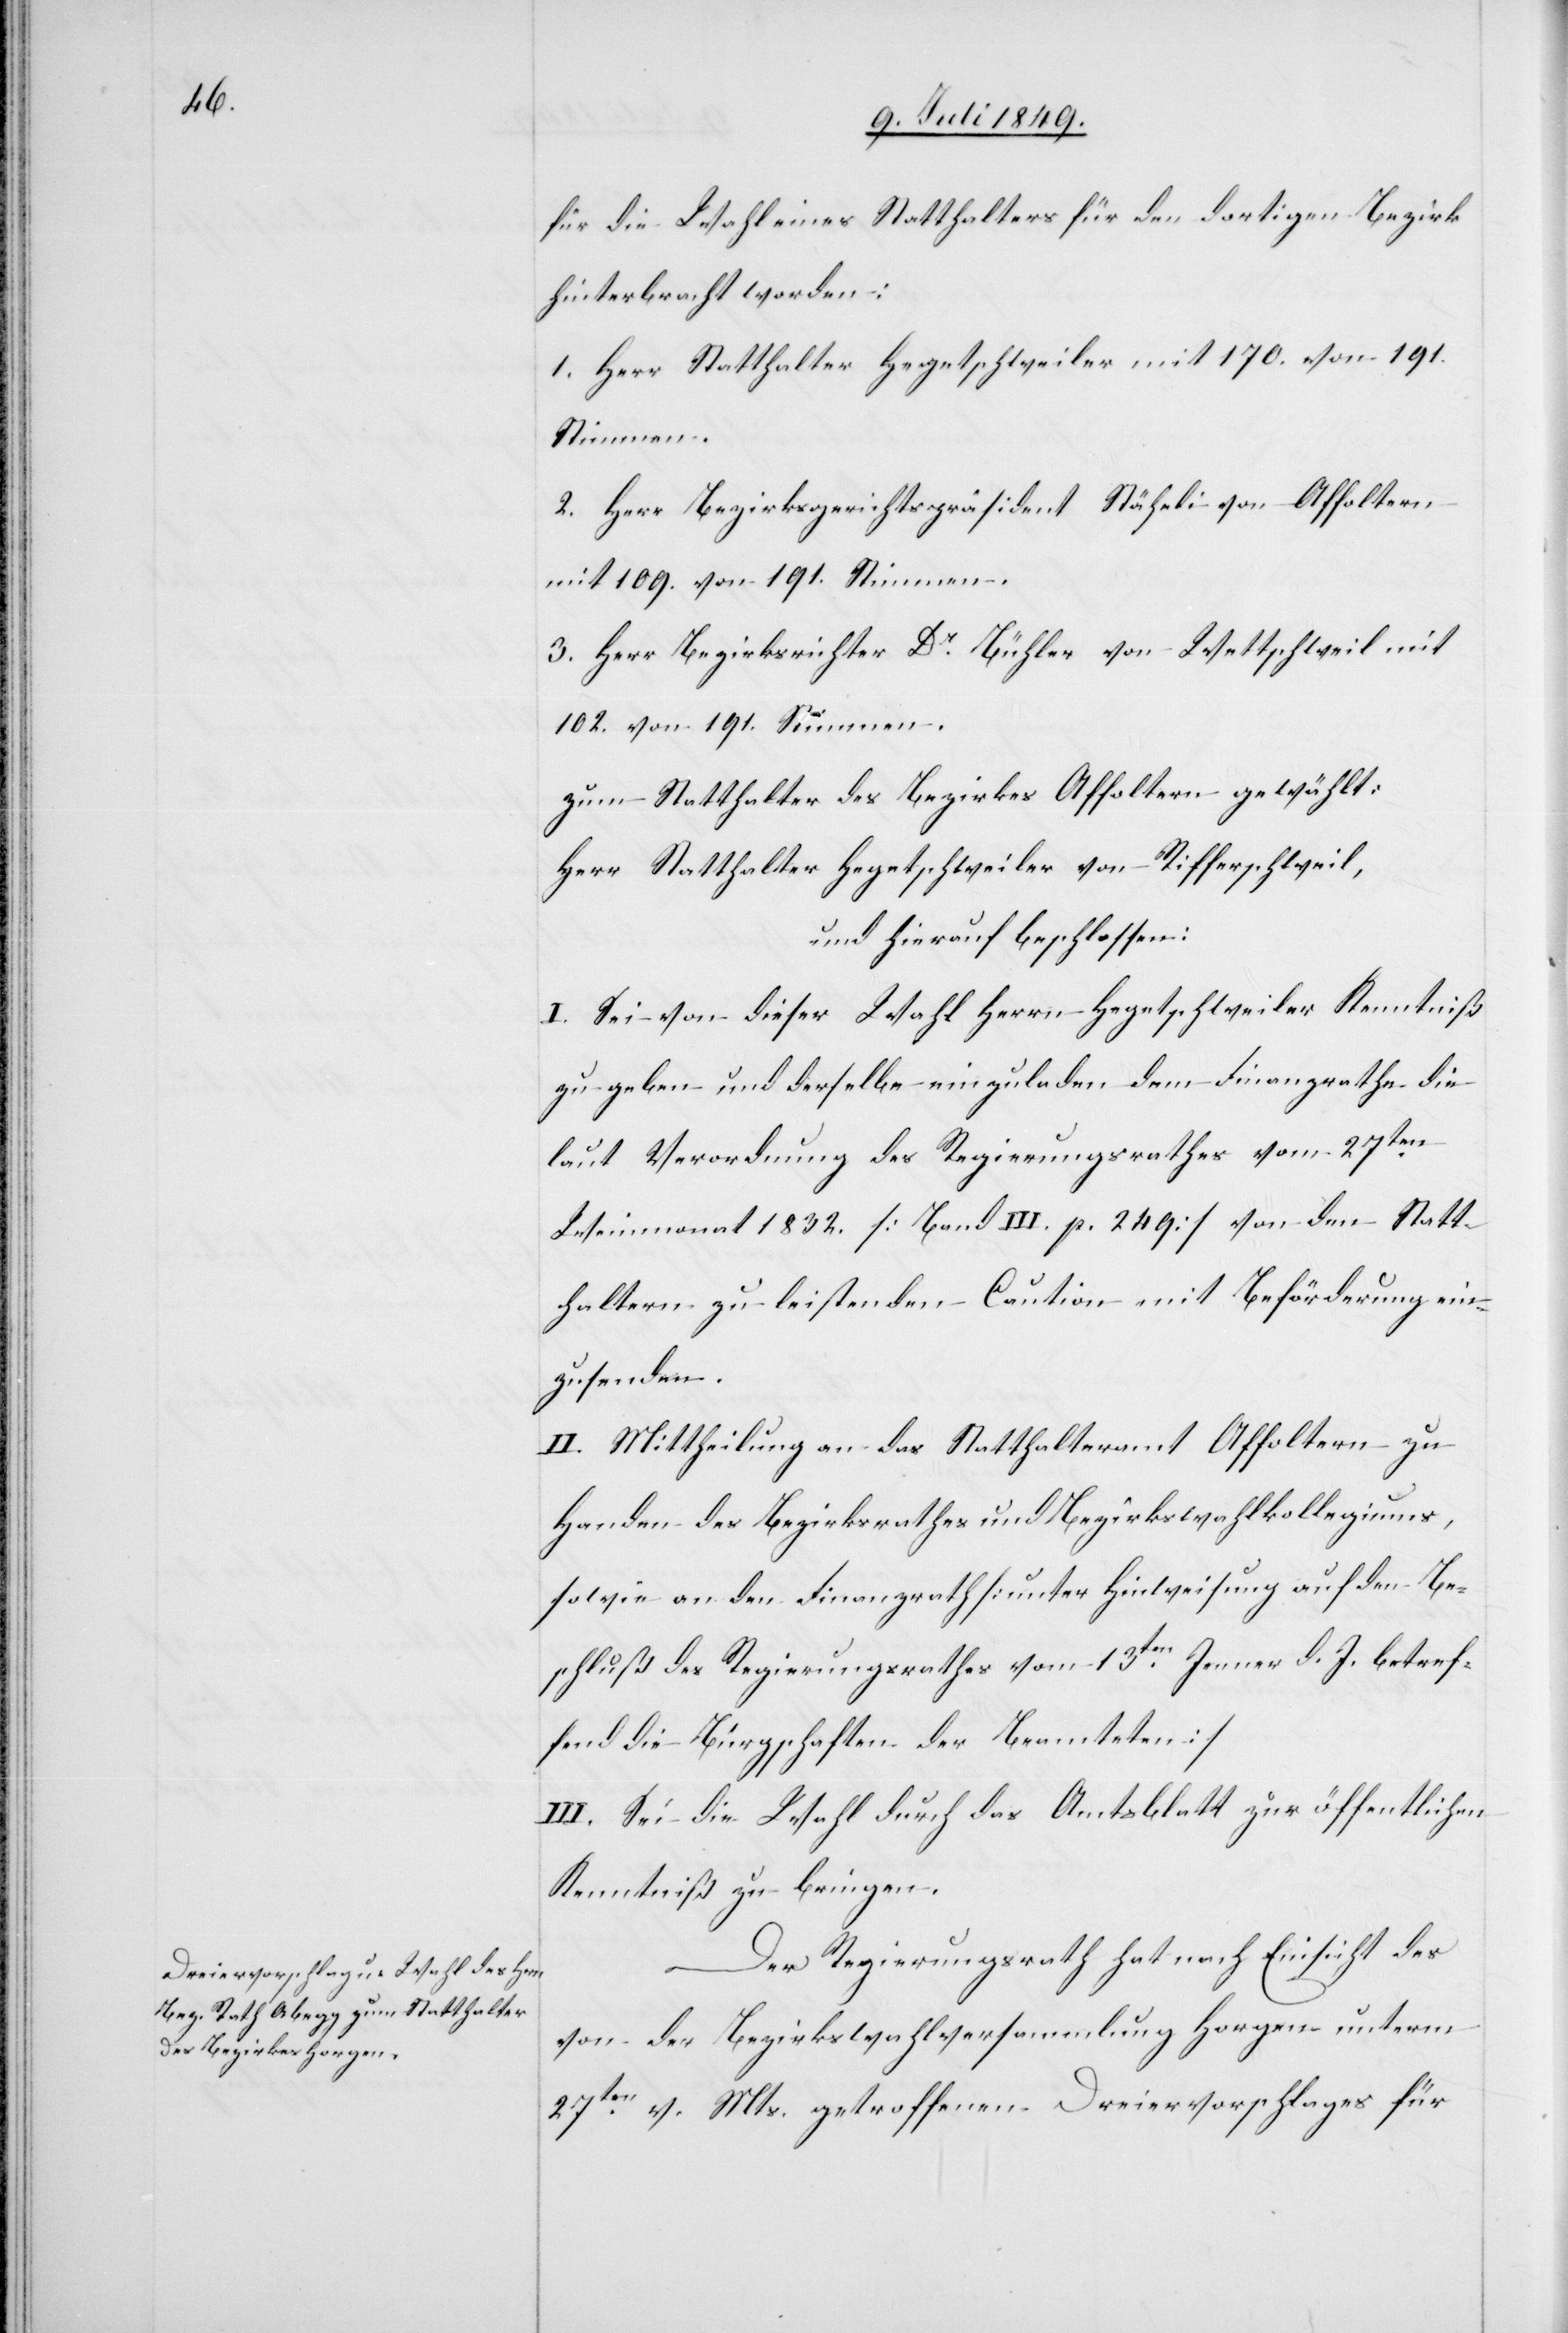
für die Wahl eines Statthalters für den dortigen Bezirk
hinterbracht worden:
1. Herr Statthalter Hegetschweiler mit 170. von 191.
Stimmen.
2. Herr Bezirksgerichtspräsident Stäheli von Affoltern
mit 109. von 191. Stimmen.
3. Herr Bezirksrichter Dr Bühler von Wettschweil mit
102. von 191. Stimmen.
zum Statthalter des Bezirkes Affoltern gewählt:
Herr Statthalter Hegetschweiler von Rifferschweil,
und hierauf beschlossen:
I. Sei von dieser Wahl Herrn Hegetschweiler Kenntniß
zu geben und derselbe einzuladen dem Finanzrathe die
laut Verordnung des Regierungsrathes vom 27ten
Weinmonat 1832. [Band III. p. 249] von den Statt¬
haltern zu leistenden Caution mit Beförderung ein¬
zusenden.
II. Mittheilung an das Statthalteramt Affoltern zu
Handen des Bezirksrathes und Bezirkswahlkollegiums,
sowie an den Finanzrath [unter Hinweisung auf den Be¬
schluß des Regierungsrathes vom 13ten Jenner d. J. betref¬
fend die Bürgschaften der Beamteten]
III. Sei die Wahl durch das Amtsblatt zur öffentlichen
Kenntniß zu bringen.
Der Regierungsrath hat nach Einsicht des
von der Bezirksversammlung Horgen unterm
27ten v. Mts. getroffenen Dreiervorschlages für